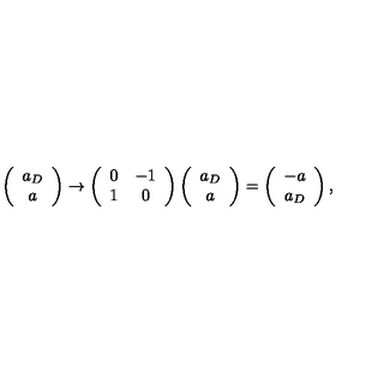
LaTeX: \left( \begin{array} { c } { a _ { D } } \\ { a } \\ \end{array} \right) \rightarrow \left( \begin{array} { c c } { 0 } & { - 1 } \\ { 1 } & { 0 } \\ \end{array} \right) \left( \begin{array} { c } { a _ { D } } \\ { a } \\ \end{array} \right) = \left( \begin{array} { c } { - a } \\ { a _ { D } } \\ \end{array} \right) ,